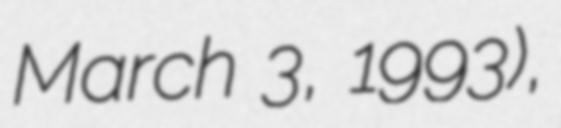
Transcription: March 3, 1993),